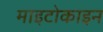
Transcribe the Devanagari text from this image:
माइटोकाइन